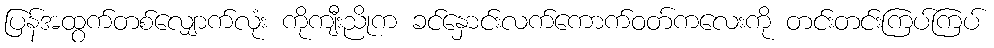
ပြန်အထွက်တစ်လျှောက်လုံး ကိုကျီးညိုက ခင်နှောင်းလက်ကောက်ဝတ်ကလေးကို တင်းတင်းကြပ်ကြပ်